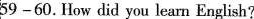
59—60.How did you learn English?